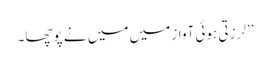
’’لرزتی ہوئی آواز میں میں نے پوچھا۔